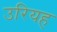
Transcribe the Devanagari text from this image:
उरियह